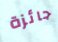
جائزة